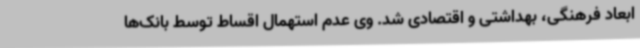
ابعاد فرهنگی، بهداشتی و اقتصادی شد. وی عدم استهمال اقساط توسط بانک‌ها